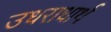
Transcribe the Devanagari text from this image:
उधराधार्थ